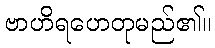
ဗာဟိရဟေတုမည်၏။